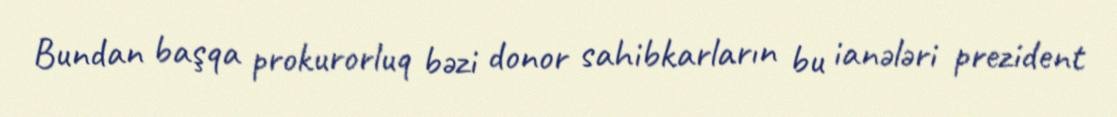
Bundan başqa prokurorluq bəzi donor sahibkarların bu ianələri prezident